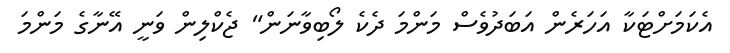
އެކަމަށްޓަކާ އަހަރެން އަބަދުވެސް މަންމަ ދެކެ ލޯބިވާނަން" ޖެކްލިން ވަނީ އޭނާގެ މަންމަ